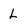
Character: L